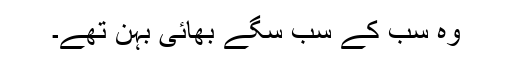
وہ سب کے سب سگے بھائی بہن تھے۔